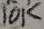
Text: 10K